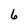
Character: 6